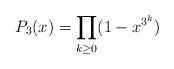
LaTeX: \begin{align*}P_3(x)= \prod_{k\geq 0}(1-x^{3^{k}})\end{align*}